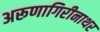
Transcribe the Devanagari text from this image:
अरूणागिरीनाथर